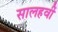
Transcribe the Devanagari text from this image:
सालहवीं